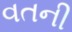
વતની